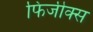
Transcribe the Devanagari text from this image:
फिजीक्स